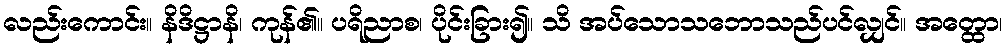
လည်းကောင်း။ နိဒိဋ္ဌာနိ၊ ကုန်၏။ ပရိညာစ၊ ပိုင်းခြား၍။ သိ အပ်သောသဘောသည်ပင်လျှင်။ အတ္ထော၊